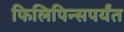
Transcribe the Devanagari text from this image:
फिलिपिन्सपर्यंत